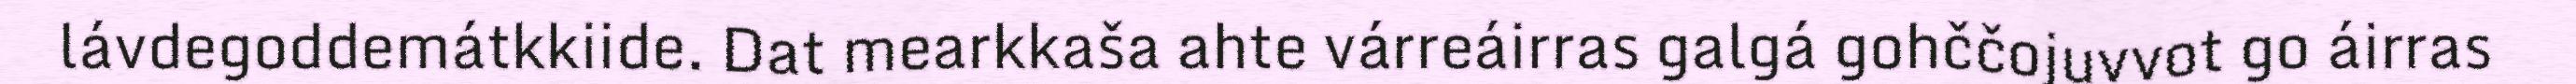
lávdegoddemátkkiide. Dat mearkkaša ahte várreáirras galgá gohččojuvvot go áirras